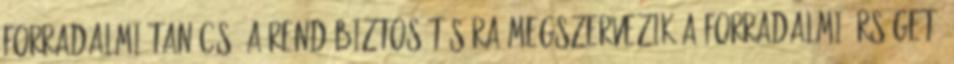
Forradalmi Tanács, a rend biztosítására megszervezik a forradalmi őrséget.